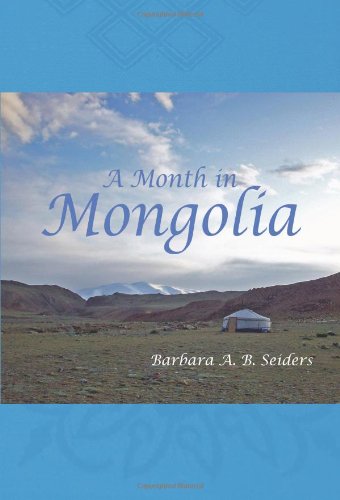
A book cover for A Month in Mongolia; Barbara A. B. Seiders; Travel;